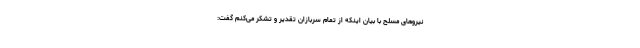
نیروهای مسلح با بیان اینکه از تمام سربازان تقدیر و تشکر می‌کنم گفت: